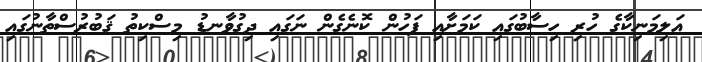
އަލިމަނިކާގެ ހުރި ހިސާބުގައި ކަމަށާއި ފަހުން ކޮނެގެން ނަގައި ދިގުވާނޑު މިސްކިތު ޤަބުރުސްތާނުގައި